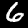
Digit: 6